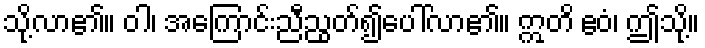
သို့လာ၏။ ဝါ၊ အကြောင်းညီညွတ်၍ပေါ်လာ၏။ ဣတိ ဧဝံ၊ ဤသို့။